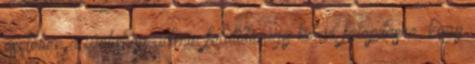
esetében a webshop admin felülete úgy kerül felépítésre, hogy